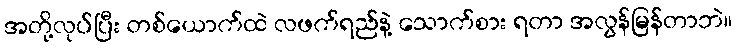
အတို့လုပ်ပြီး တစ်ယောက်ထဲ လဖက်ရည်နဲ့ သောက်စား ရတာ အလွန်မြန်တာဘဲ။